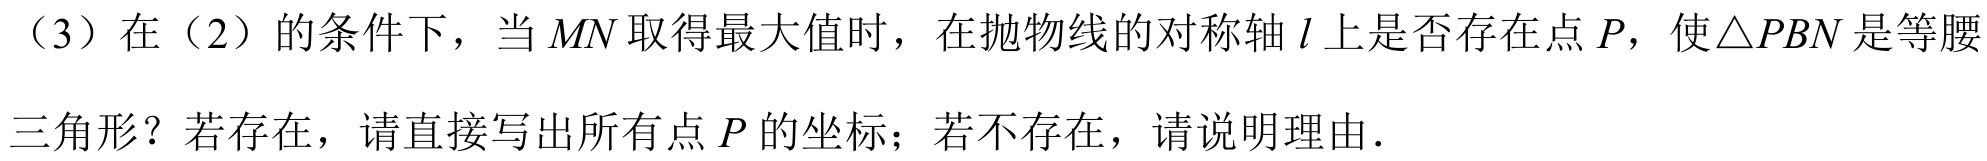
（3）在（2）的条件下，当\(MN\)取得最大值时，在抛物线的对称轴\(l\)上是否存在点\(P\)，使\(\triangle PBN\)是等腰
三角形？若存在，请直接写出所有点\(P\)的坐标；若不存在，请说明理由．